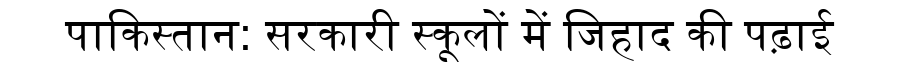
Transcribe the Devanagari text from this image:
पाकिस्तान: सरकारी स्कूलों में जिहाद की पढ़ाई